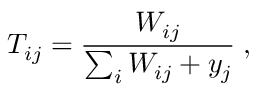
T _ { i j } = \frac { W _ { i j } } { \sum _ { i } W _ { i j } + y _ { j } } \; ,